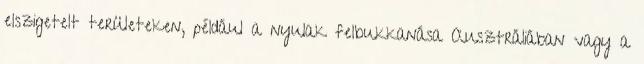
elszigetelt területeken, például a nyulak felbukkanása Ausztráliában vagy a